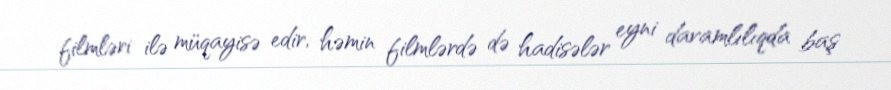
filmləri ilə müqayisə edir, həmin filmlərdə də hadisələr eyni davamlılıqda baş